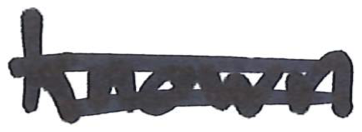
Text: known
Cross-out: double-line
Writing tool: marker